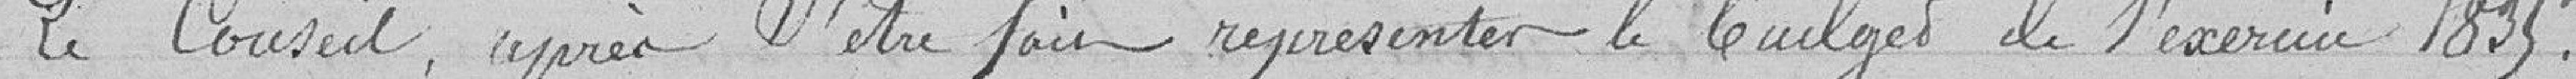
Le Conseil, après s'être fait représenter le budget de l'exercice1835